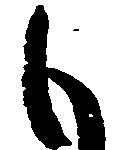
も